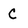
Character: C